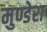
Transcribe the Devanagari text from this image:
मुण्डेरा